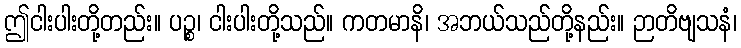
ဤငါးပါးတို့တည်း။ ပဉ္စ၊ ငါးပါးတို့သည်။ ကတမာနိ၊ အဘယ်သည်တို့နည်း။ ဉာတိဗျသနံ၊